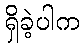
ရှိခဲ့ပါက